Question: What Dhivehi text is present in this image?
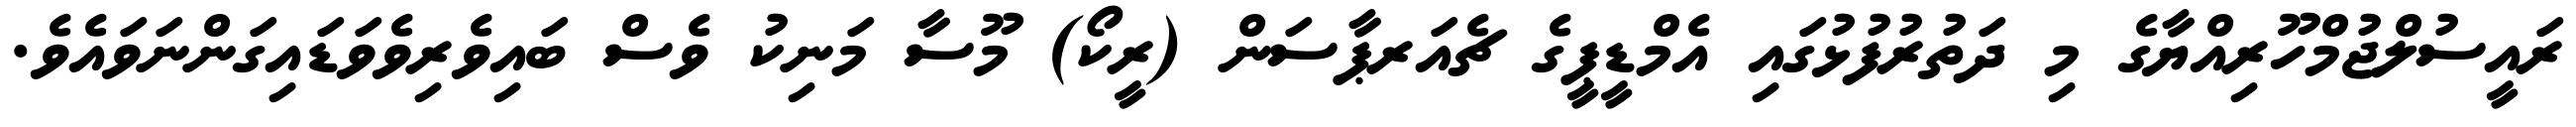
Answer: ރައީސުލްޖުމްހޫރިއްޔާގެ މި ދަތުރުފުޅުގައި އެމްޑީޕީގެ ޗެއަރޕާސަން (ރީކޯ) މޫސާ މަނިކު ވެސް ބައިވެރިވެވަޑައިގަންނަވައެވެ.